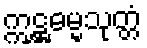
ဣဋ္ဌဓမ္မသုတ္တံ